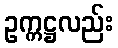
ဥက္ကဋ္ဌလည်း